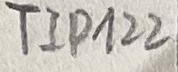
Text: TIP122